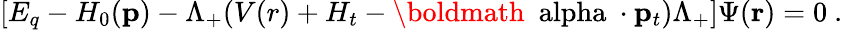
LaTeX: [E_{q}-H_{0}({\mathbf p})-\Lambda_{+}(V(r)+H_{t}-\mathrm{\boldmath~\ alpha~}\cdot{\mathbf p}_{t})\Lambda_{+}]\Psi({\mathbf r})=0\ .